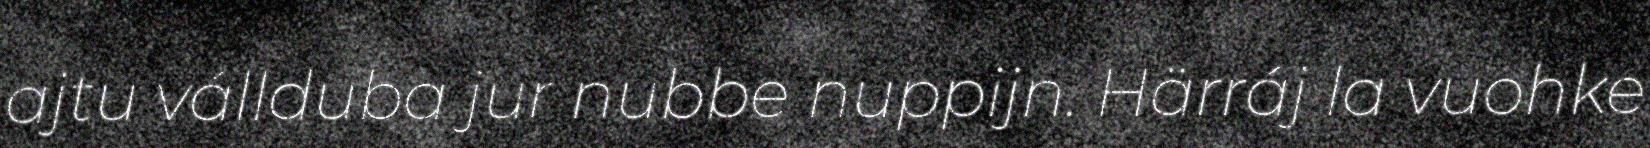
ajtu vállduba jur nubbe nuppijn. Härráj la vuohke